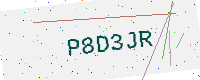
Text: P8D3JR